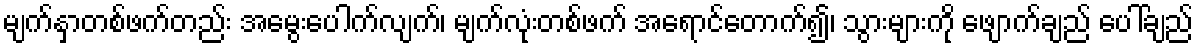
မျက်နှာတစ်ဖက်တည်း အမွေးပေါက်လျက်၊ မျက်လုံးတစ်ဖက် အရောင်တောက်၍၊ သွားများကို ဖျောက်ချည် ပေါ်ချည်